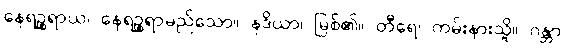
နေရဉ္စရာယ၊ နေရဉ္စရာမည်သော။ နဒိယာ၊ မြစ်၏။ တီရေ၊ ကမ်းနားသို့။ ဂန္တာ၊